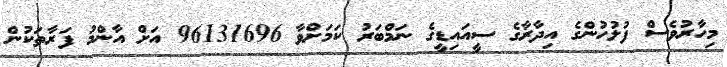
މިހާރުވެސް ފުލުހުންގެ އިދާރާގެ ސީއައިޑީގެ ނަމްބަރު ކަމަށްވާ 96131696 އަށް އާންމު ފަރާތަކުން